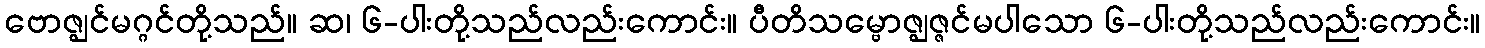
ဗောဇ္ဈင်မဂ္ဂင်တို့သည်။ ဆ၊ ၆-ပါးတို့သည်လည်းကောင်း။ ပီတိသမ္ဗောဇ္ဈဇ္ဇင်မပါသော ၆-ပါးတို့သည်လည်းကောင်း။